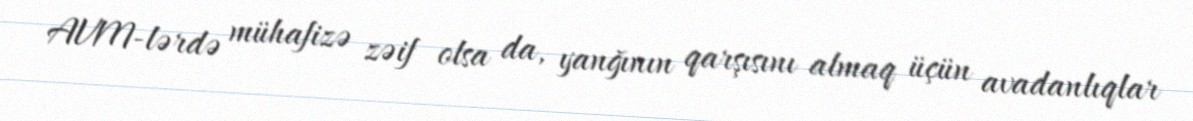
AVM-lərdə mühafizə zəif olsa da, yanğının qarşısını almaq üçün avadanlıqlar